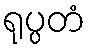
ရုပ္ပတံ